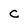
Character: C